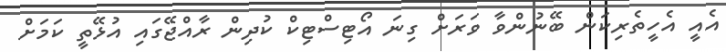
އެއީ އެހީތެރިކަން ބޭނުންވާ ވަރަށް ގިނަ އޯޓިސްޓިކް ކުދިން ރާއްޖޭގައި އުޅޭތީ ކަމަށް